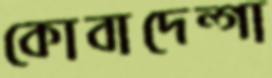
কোবাদেন্গা